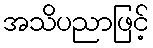
အသိပညာဖြင့်